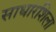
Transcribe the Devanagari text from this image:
साधारशिला